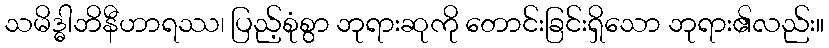
သမိဒ္ဓါဘိနီဟာရဿ၊ ပြည့်စုံစွာ ဘုရားဆုကို တောင်းခြင်းရှိသော ဘုရား၏လည်း။